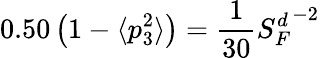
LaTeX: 0.50\left(1-\langle p_{3}^{2}\rangle\right)=\frac{1}{30}{S_{F}^{d}}^{-2}